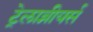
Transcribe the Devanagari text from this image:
ट्रेलाव्नीयर्स